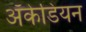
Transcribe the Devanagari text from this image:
अॅकेडियन